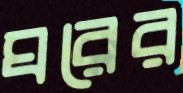
ঘরের